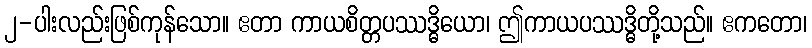
၂-ပါးလည်းဖြစ်ကုန်သော။ ဧတာ ကာယစိတ္တပဿဒ္ဓိယော၊ ဤကာယပဿဒ္ဓိတို့သည်။ ဧကတော၊